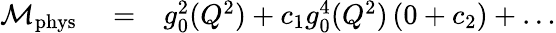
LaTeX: \begin{array}{rlr}{{\cal M}_{\mathrm{phys}}}&{{}=}&{g_{0}^{2}(Q^{2})+c_{1}g_{0}^{4}(Q^{2})\left(0+c_{2}\right)+\dots}\end{array}